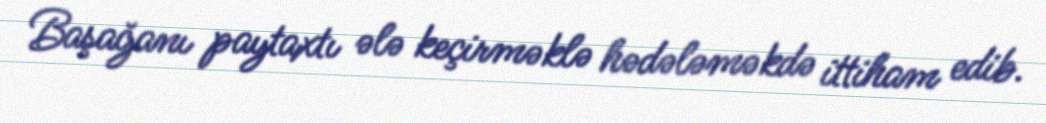
Başağanı paytaxtı ələ keçirməklə hədələməkdə ittiham edib.